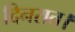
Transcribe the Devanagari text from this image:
दिनरात।